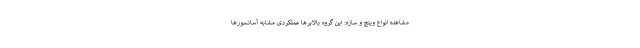
مشاهده انواع وینچ و سازه: این گروه بالابرها عملکردی مشابه آسانسورها